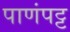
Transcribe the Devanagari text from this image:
पाणंपट्ट